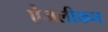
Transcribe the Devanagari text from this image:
ऐंजलीकन